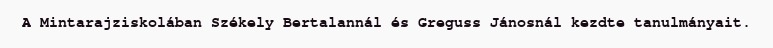
A Mintarajziskolában Székely Bertalannál és Greguss Jánosnál kezdte tanulmányait.